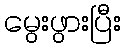
မွေးဖွားပြီး